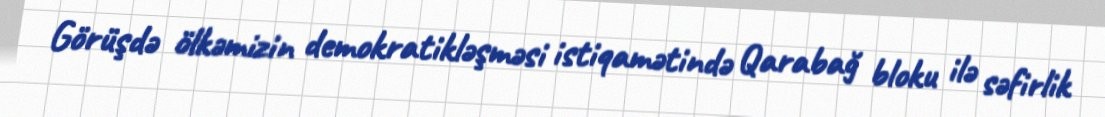
Görüşdə ölkəmizin demokratikləşməsi istiqamətində Qarabağ bloku ilə səfirlik